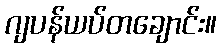
ဂျပန်ယပ်တချောင်း။